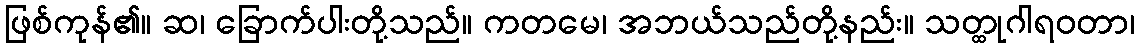
ဖြစ်ကုန်၏။ ဆ၊ ခြောက်ပါးတို့သည်။ ကတမေ၊ အဘယ်သည်တို့နည်း။ သတ္ထုဂါရဝတာ၊